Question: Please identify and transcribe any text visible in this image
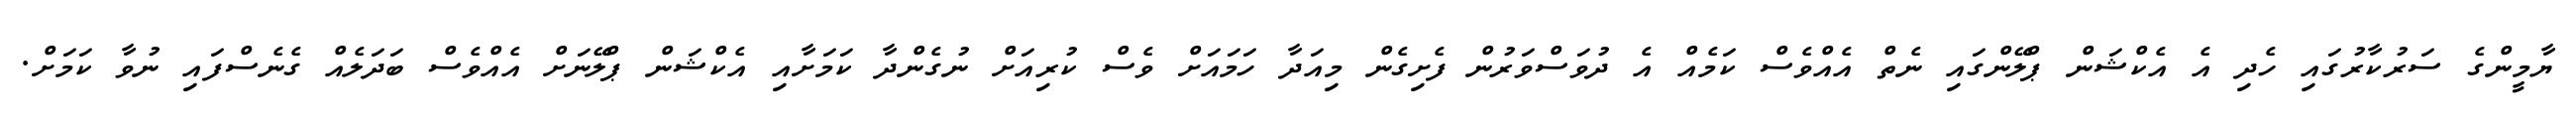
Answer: ޔާމީންގެ ސަރުކާރުގައި ހެދި އެ އެކްޝަން ޕްލޭންގައި ނެތް އެއްވެސް ކަމެއް އެ ދުވަސްވަރުން ފެށިގެން މިއަދާ ހަމައަށް ވެސް ކުރިއަށް ނުގެންދާ ކަމަށާއި އެކްޝަން ޕްލޭނަށް އެއްވެސް ބަދަލެއް ގެނެސްފައި ނުވާ ކަމަށް.